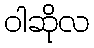
ဝါဆိုလ